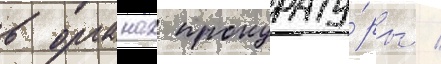
в органах прокурату́ры /